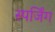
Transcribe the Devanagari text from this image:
स्पर्जिंग